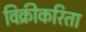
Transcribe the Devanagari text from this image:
विक्रीकरिता